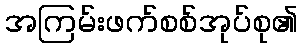
အကြမ်းဖက်စစ်အုပ်စု၏